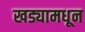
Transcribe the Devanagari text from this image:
खड्यामधून